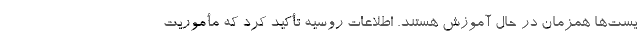
یست‌ها همزمان در حال آموزش هستند. اطلاعات روسیه تأکید کرد که مأموریت